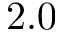
2 . 0